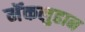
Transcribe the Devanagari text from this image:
मॅकलुहान